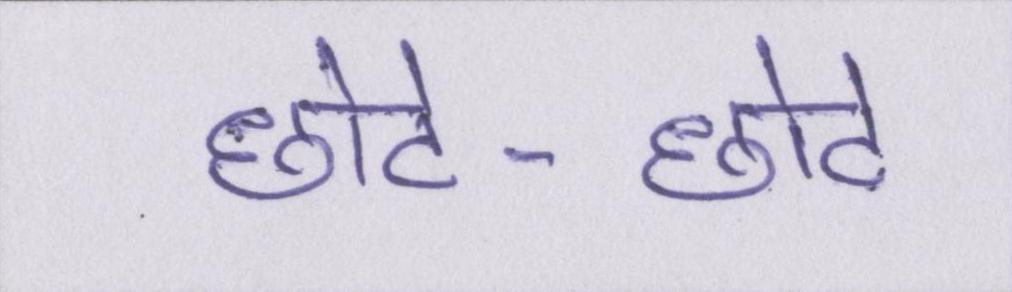
छोटे-छोटे